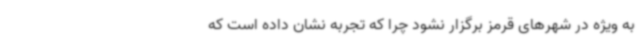
به ویژه در شهرهای قرمز برگزار نشود چرا که تجربه نشان داده است که